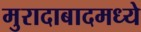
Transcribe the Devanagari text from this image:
मुरादाबादमध्ये